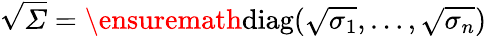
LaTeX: \sqrt{\varSigma}=\ensuremath{\mathrm{diag}}(\sqrt{\sigma_{1}},\dots,\sqrt{\sigma_{n}})